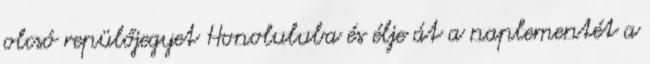
olcsó repülőjegyet Honoluluba és élje át a naplementét a